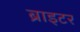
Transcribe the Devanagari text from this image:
ब्राइटर